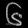
Digit: ၆